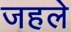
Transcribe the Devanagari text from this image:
जहले